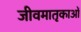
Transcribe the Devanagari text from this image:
जीवमातृकाओं